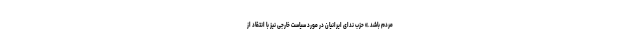
مردم باشد.» حزب ندای ایرانیان در مورد سیاست خارجی نیز با انتقاد از